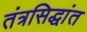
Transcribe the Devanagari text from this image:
तंत्रसिद्धांत